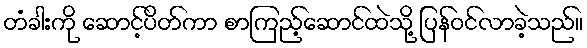
တံခါးကို ဆောင့်ပိတ်ကာ စာကြည့်ဆောင်ထဲသို့ ပြန်ဝင်လာခဲ့သည်။